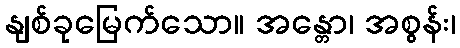
နျစ်ခုမြေက်သော။ အန္တော၊ အစွန်း၊